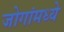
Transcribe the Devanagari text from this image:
जोगांमध्ये